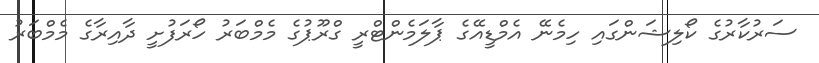
ސަރުކާރުގެ ކޯލިޝަންގައި ހިމެނޭ އެމްޑީއޭގެ ޕާލަމެންޓްރީ ގްރޫޕުގެ މެމްބަރު ހޯރަފުށީ ދާއިރާގެ މެމްބަރު